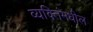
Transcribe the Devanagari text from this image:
व्यक्तिंमधील